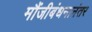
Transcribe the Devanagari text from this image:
मौंजीबंधनानंतर